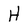
Character: H